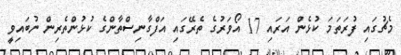
މެޗުގައި ފުރަތަމަ ކުޅެން އަރައި 17 އޯވަރުގެ ތެރޭގައި އަފްގާނިސްތާންގެ ކުޅުންތެރިން ނުބައިވީ